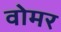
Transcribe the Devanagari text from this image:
वोमर